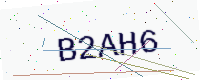
Text: B2AH6